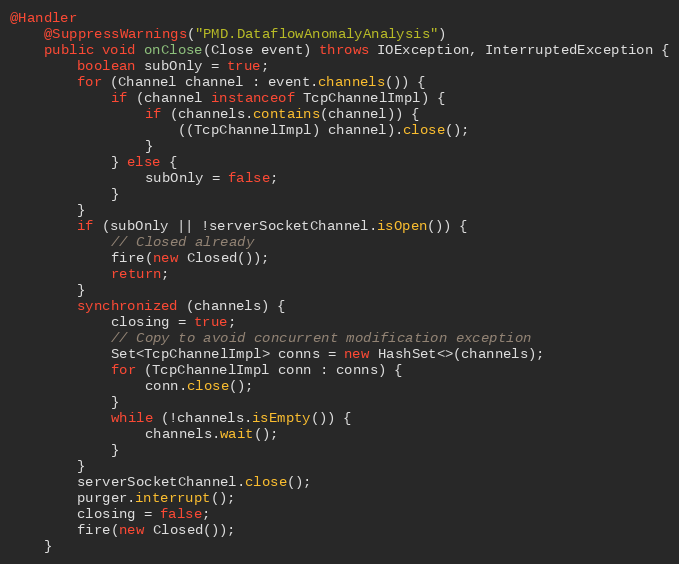
Language: Java
@Handler
    @SuppressWarnings("PMD.DataflowAnomalyAnalysis")
    public void onClose(Close event) throws IOException, InterruptedException {
        boolean subOnly = true;
        for (Channel channel : event.channels()) {
            if (channel instanceof TcpChannelImpl) {
                if (channels.contains(channel)) {
                    ((TcpChannelImpl) channel).close();
                }
            } else {
                subOnly = false;
            }
        }
        if (subOnly || !serverSocketChannel.isOpen()) {
            // Closed already
            fire(new Closed());
            return;
        }
        synchronized (channels) {
            closing = true;
            // Copy to avoid concurrent modification exception
            Set<TcpChannelImpl> conns = new HashSet<>(channels);
            for (TcpChannelImpl conn : conns) {
                conn.close();
            }
            while (!channels.isEmpty()) {
                channels.wait();
            }
        }
        serverSocketChannel.close();
        purger.interrupt();
        closing = false;
        fire(new Closed());
    }